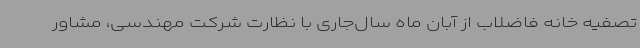
تصفیه خانه فاضلاب از آبان ماه سال‌جاری با نظارت شرکت مهندسی، مشاور